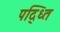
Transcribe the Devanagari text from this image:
पद्ध्‍ति